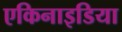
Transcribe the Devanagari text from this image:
एकिनाइडिया